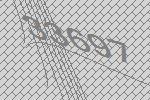
33697